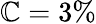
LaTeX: \mathbb{C}=3\%